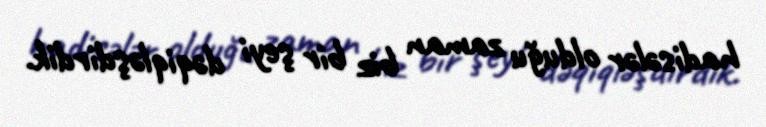
hadisələr olduğu zaman biz bir şeyi dəqiqləşdirdik.